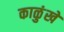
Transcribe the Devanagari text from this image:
काळुंखे